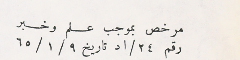
مرخص بموجب علم وخبر رقم ٢٤/اد تاريخ ٩/ ١/ ٦٥